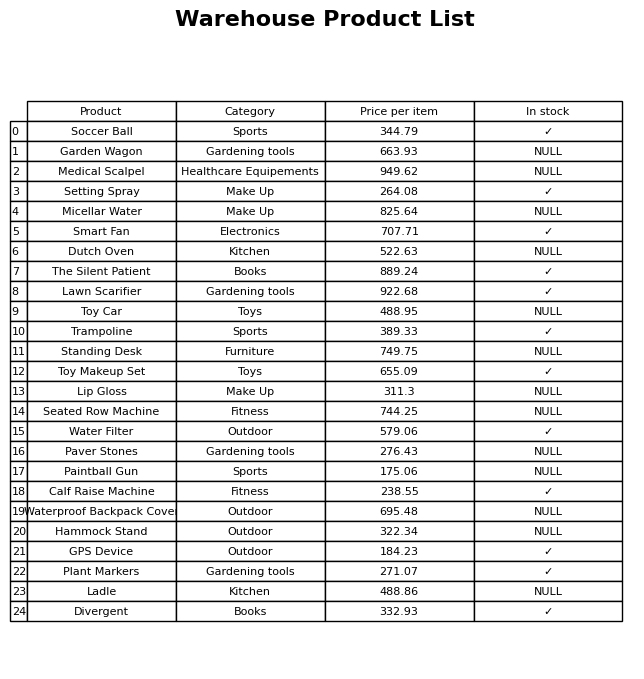
question: What is the price of the Garden Wagon?
answer: The price of Garden Wagon is 663.93.